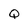
Character: Q